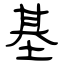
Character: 基